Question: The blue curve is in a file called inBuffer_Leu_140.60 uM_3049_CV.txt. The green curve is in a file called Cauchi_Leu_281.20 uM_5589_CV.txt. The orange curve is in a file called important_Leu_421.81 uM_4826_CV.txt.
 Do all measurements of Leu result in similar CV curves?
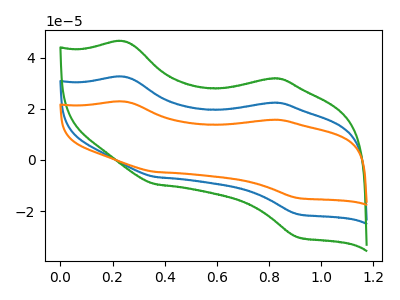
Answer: <think>The blue curve "Leu_140.60 uM" has anodic peaks at (0.25V, 32.45uA) (0.85V, 22.30uA) and cathodic peaks at (0.35V, -6.65uA) (0.90V, -21.15uA). The green curve "Leu_281.20 uM" has anodic peaks at (0.25V, 46.30uA) (0.85V, 31.80uA) and cathodic peaks at (0.35V, -9.45uA) (0.90V, -30.15uA). The orange curve "Leu_421.81 uM" has anodic peaks at (0.25V, 64.95uA) (0.85V, 44.60uA) and cathodic peaks at (0.35V, -13.30uA) (0.90V, -42.35uA).
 All the peaks in "Leu_140.60 uM" have a peak in "Leu_281.20 uM" at the same potential. Every peak in "Leu_140.60 uM" is lower than every peak in "Leu_281.20 uM". All the peaks in "Leu_140.60 uM" have a peak in "Leu_421.81 uM" at the same potential. Every peak in "Leu_140.60 uM" is lower than every peak in "Leu_421.81 uM". All the peaks in "Leu_281.20 uM" have a peak in "Leu_421.81 uM" at the same potential. Every peak in "Leu_281.20 uM" is lower than every peak in "Leu_421.81 uM".</think>
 <answer>All the CV's of "Leu" have similar shape.</answer>
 <eval>follow_rule</eval>